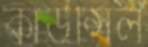
কাউন্সিল